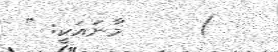
)     މާނައަކީ: "